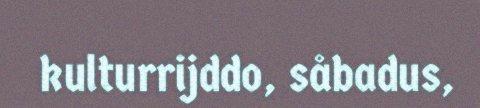
kulturrijddo, såbadus,